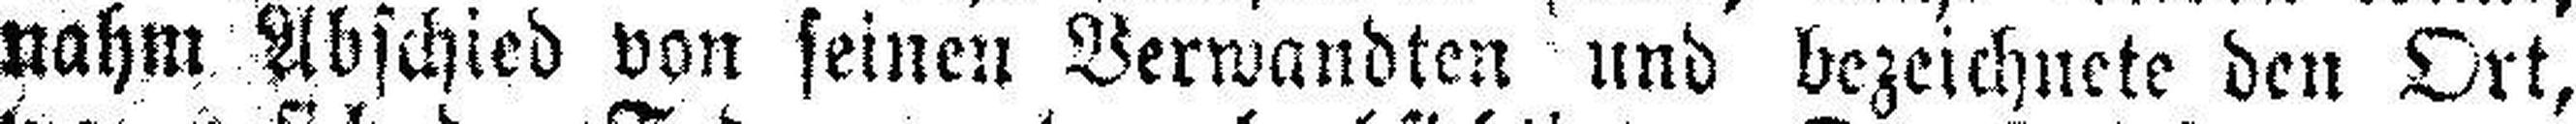
nahm Abschied von seinen Verwandten und bezeichnete den Ort,